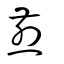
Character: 煎